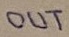
Text: OUT